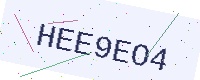
Text: HEE9EO4